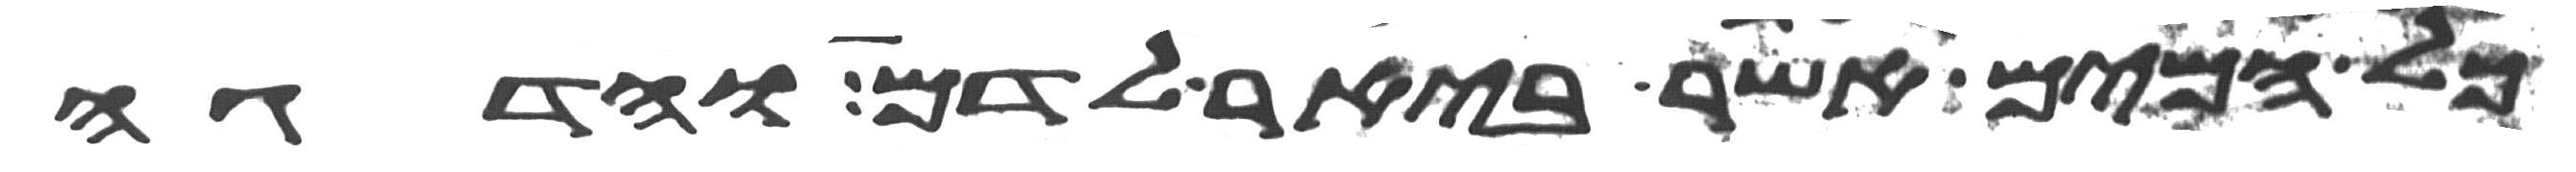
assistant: כל המים אשר ביאר לדם והדגה